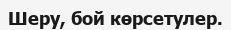
Шеру, бой көрсетулер.